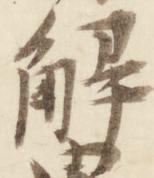
解